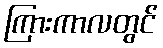
ကြားကာလတွင်